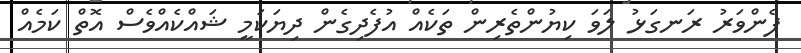
ފެންވަރު ރަނގަޅު ލަވަ ކިޔުންތެރިން ތަކެއް އުފެދިގެން ދިޔަކަމީ ޝައްކެއްވެސް އޮތް ކަމެއް